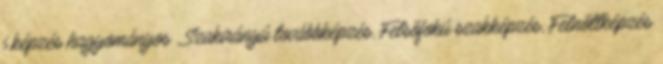
i képzés hagyományos , Szakirányú továbbképzés, Felsõfokú szakképzés, Felnõttképzés